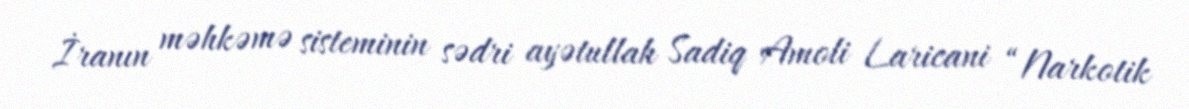
İranın məhkəmə sisteminin sədri ayətullah Sadiq Amoli Laricani “Narkotik